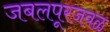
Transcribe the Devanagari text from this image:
जबलपूरजवळ